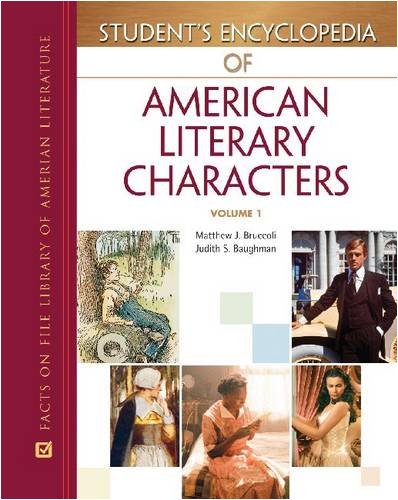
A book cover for Student's Encyclopedia of American Literary Characters, 4-Volume Set (Facts on File Library of American Literature); Reference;